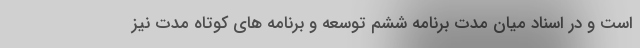
است و در اسناد میان مدت برنامه ششم توسعه و برنامه های کوتاه مدت نیز